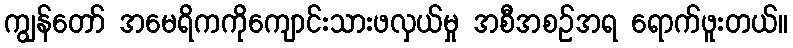
ကျွန်တော် အမေရိကကိုကျောင်းသားဖလှယ်မှု အစီအစဉ်အရ ရောက်ဖူးတယ်။